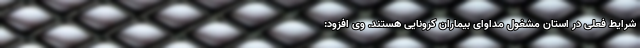
شرایط فعلی در استان مشغول مداوای بیماران کرونایی هستند. وی افزود: